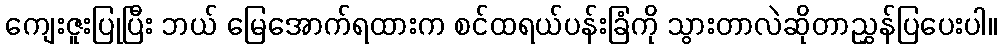
ကျေးဇူးပြုပြီး ဘယ် မြေအောက်ရထားက စင်ထရယ်ပန်းခြံကို သွားတာလဲဆိုတာညွှန်ပြပေးပါ။